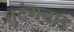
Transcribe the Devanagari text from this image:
तुटंगनाड